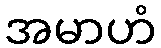
အမာဟံ